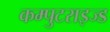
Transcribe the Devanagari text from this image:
कम्पुटराइज्ड